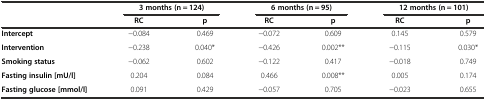
<table><thead><tr><td></td><td colspan="2"><b>3 months (n = 124)</b></td><td colspan="2"><b>6 months (n = 95)</b></td><td colspan="2"><b>12 months (n = 101)</b></td></tr><tr><td></td><td><b>RC</b></td><td><b>p</b></td><td><b>RC</b></td><td><b>p</b></td><td><b>RC</b></td><td><b>p</b></td></tr></thead><tbody><tr><td><b>Intercept</b></td><td>-0.084</td><td>0.469</td><td>-0.072</td><td>0.609</td><td>0.145</td><td>0.579</td></tr><tr><td><b>Intervention</b></td><td>-0.238</td><td>0.040*</td><td>-0.426</td><td>0.002**</td><td>-0.115</td><td>0.030*</td></tr><tr><td><b>Smoking status</b></td><td>-0.062</td><td>0.602</td><td>-0.122</td><td>0.417</td><td>-0.018</td><td>0.749</td></tr><tr><td><b>Fasting insulin [mU/l]</b></td><td>0.204</td><td>0.084</td><td>0.466</td><td>0.008**</td><td>0.005</td><td>0.174</td></tr><tr><td><b>Fasting glucose [mmol/l]</b></td><td>0.091</td><td>0.429</td><td>-0.057</td><td>0.705</td><td>-0.023</td><td>0.655</td></tr></tbody></table>